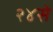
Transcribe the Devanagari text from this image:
२४से